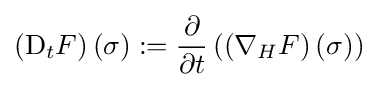
\left(\mathrm {D} _{t}F\right)(\sigma ):={\frac {\partial }{\partial t}}\left(\left(\nabla _{H}F\right)(\sigma )\right)